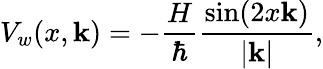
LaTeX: V_{w}(x,\mathbf{k})=-\frac{{H}}{{\hbar}}\frac{{\sin(2x\mathbf{k})}}{{|\mathbf{k}|}},